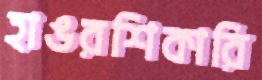
হাঙরশিকারি